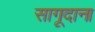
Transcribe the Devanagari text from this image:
सागूदाना